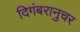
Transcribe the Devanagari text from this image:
दिगंबरानुचर